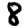
Digit: 8